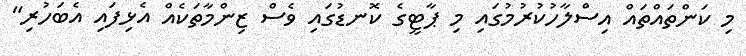
މި ކަންތައްތައް އިސްލާހުކުރުމުގައި މި ޕާޓީގެ ކޮނޑުގައި ވެސް ޒިންމާތަކެއް އެޅިފައި އެބަހުރި"